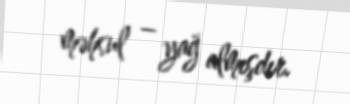
məhsul – yağ almışdır.